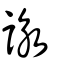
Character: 詠